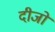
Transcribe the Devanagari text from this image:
दीजो